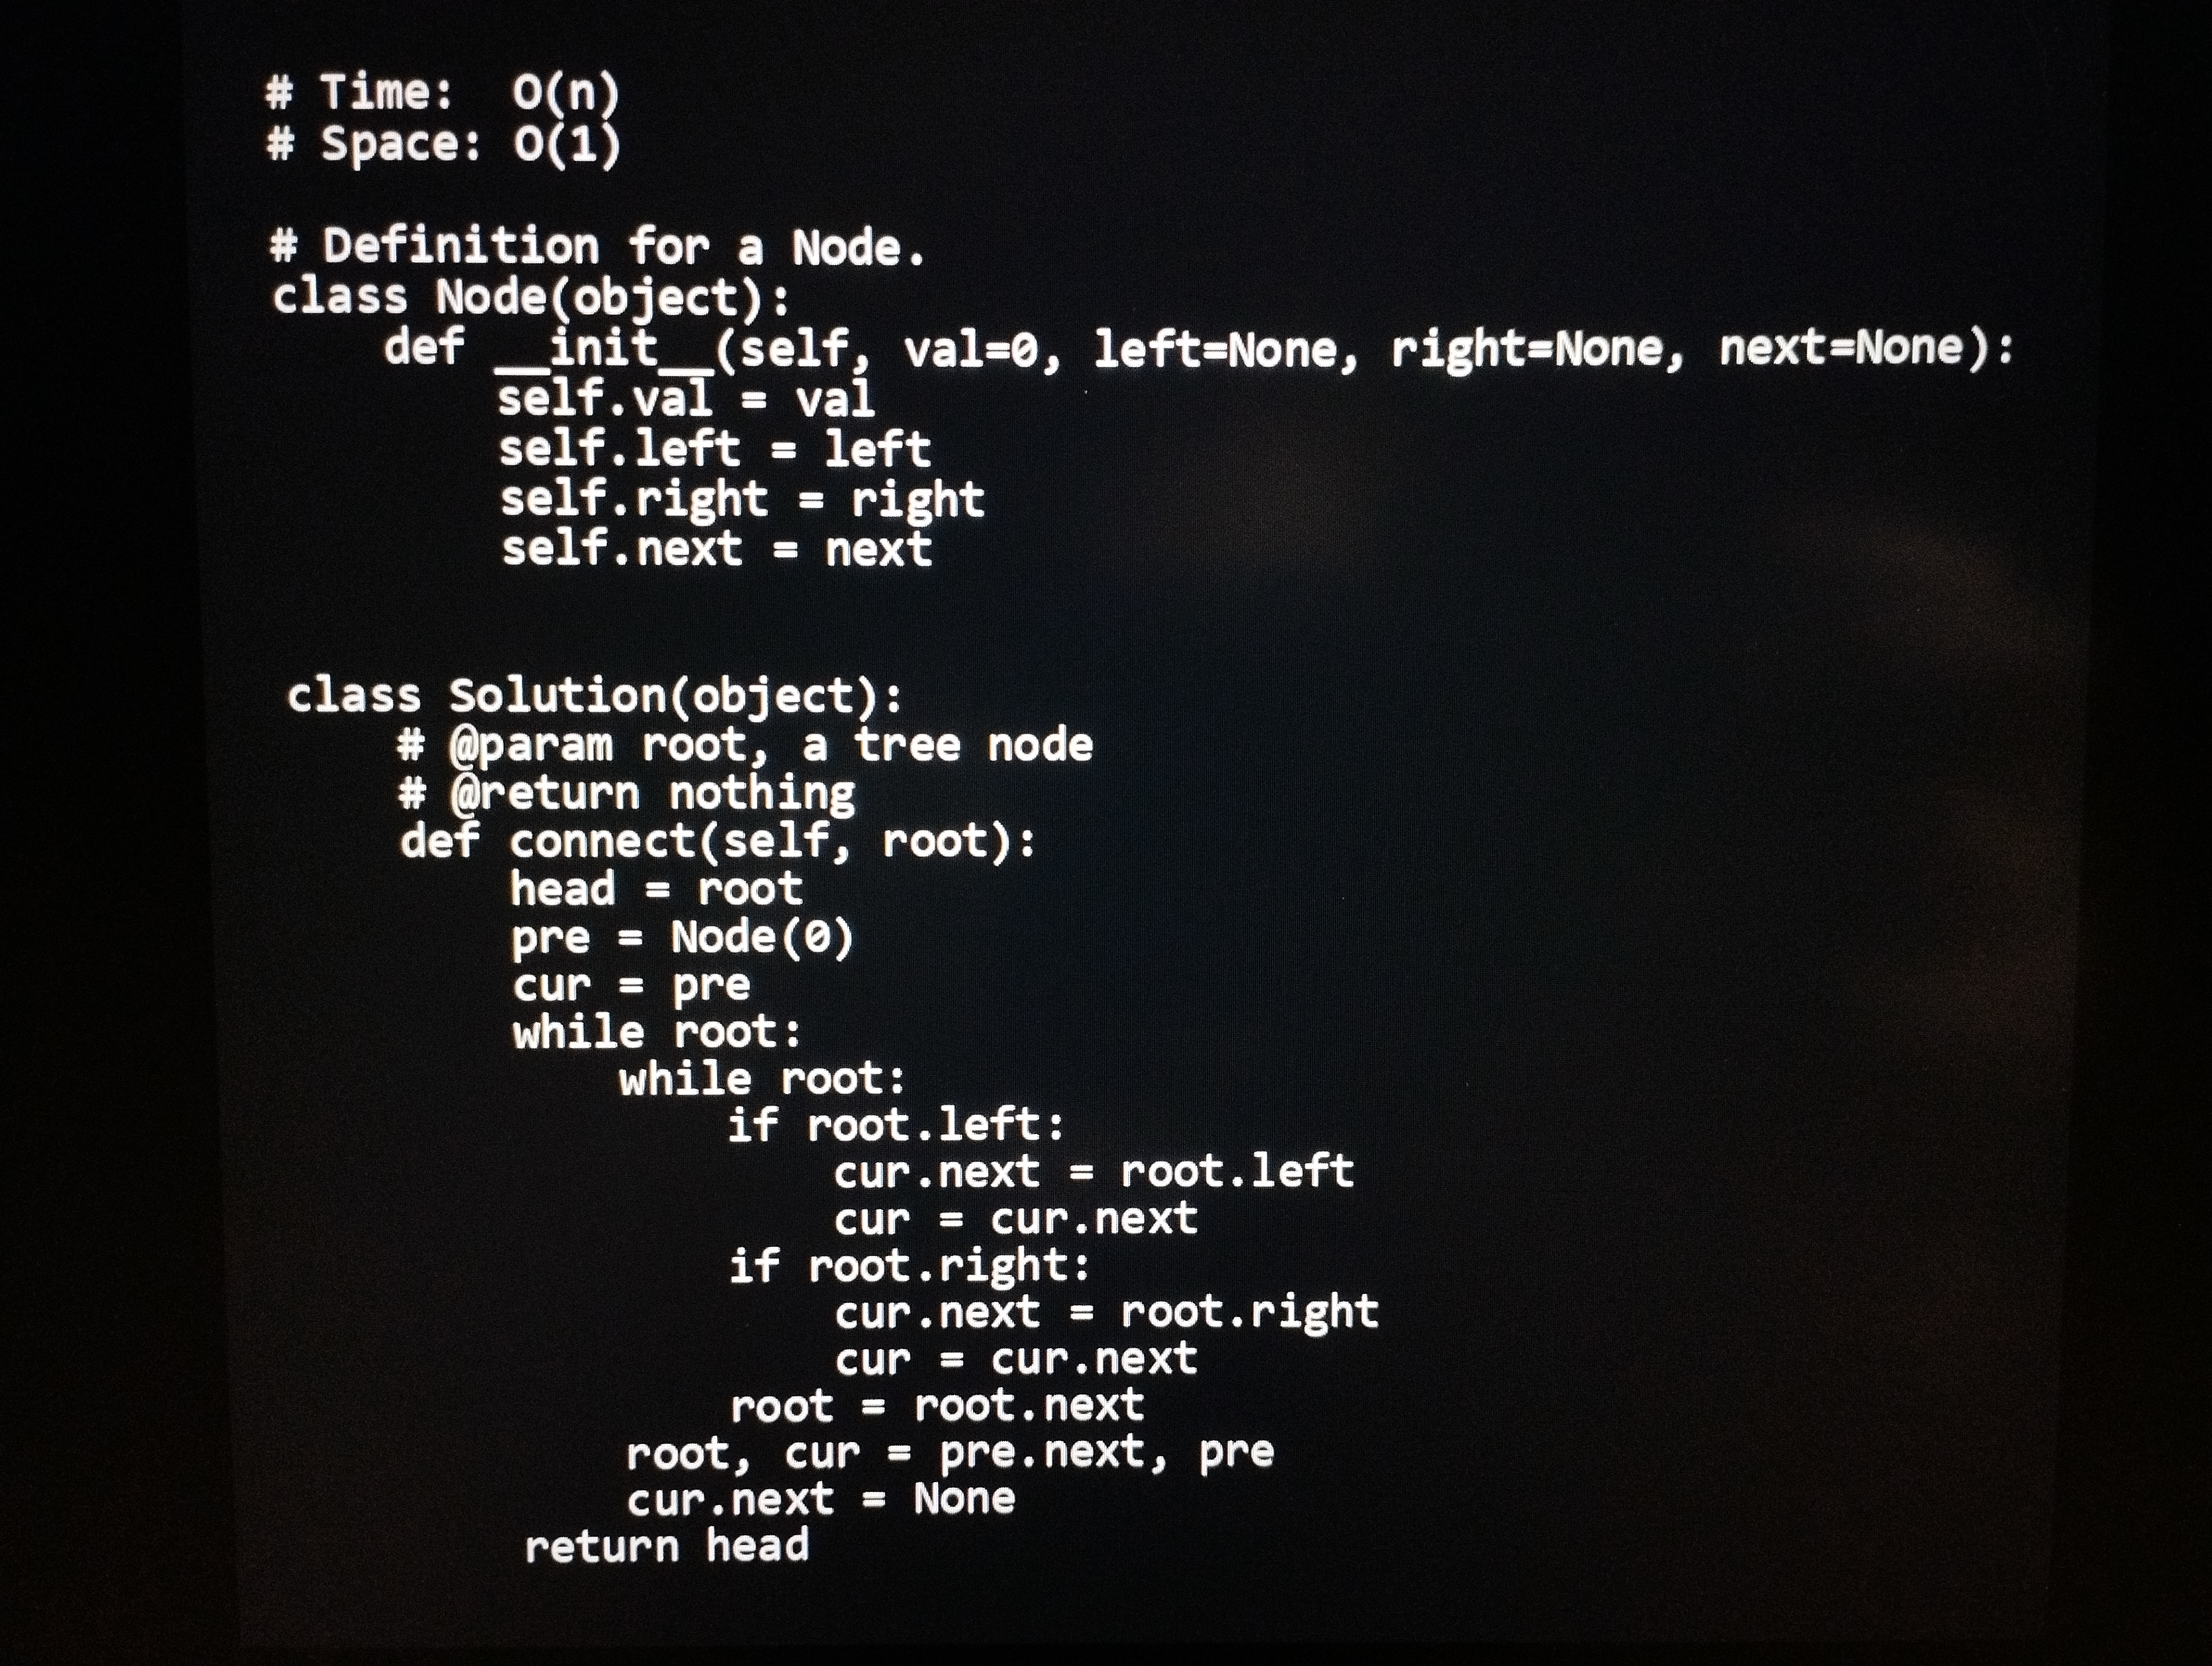
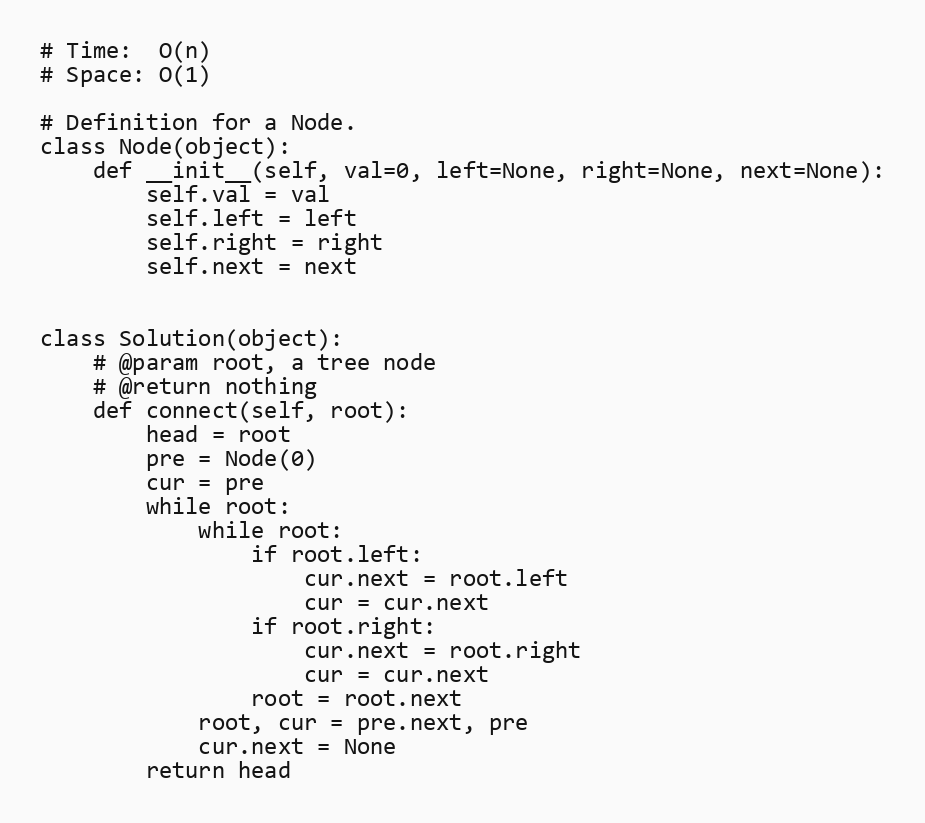
# Time:  O(n)
# Space: O(1)

# Definition for a Node.
class Node(object):
    def __init__(self, val=0, left=None, right=None, next=None):
        self.val = val
        self.left = left
        self.right = right
        self.next = next

class Solution(object):
    # @param root, a tree node
    # @return nothing
    def connect(self, root):
        head = root
        pre = Node(0)
        cur = pre
        while root:
            while root:
                if root.left:
                    cur.next = root.left
                    cur = cur.next
                if root.right:
                    cur.next = root.right
                    cur = cur.next
                root = root.next
            root, cur = pre.next, pre
            cur.next = None
        return head